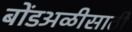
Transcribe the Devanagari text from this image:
बोंडअळीसाठी